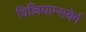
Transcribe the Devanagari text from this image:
विल्लियाम्सबेर्ग